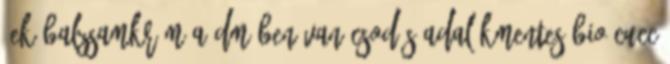
3ek balzsamkrém a DM-ben van csodás adalékmentes bio cucc